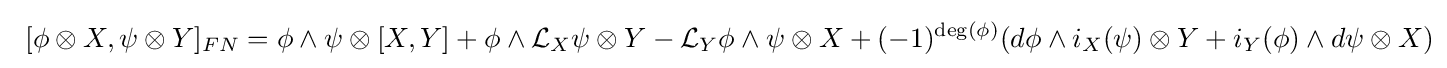
\left.\right.[\phi \otimes X,\psi \otimes Y]_{FN}=\phi \wedge \psi \otimes [X,Y]+\phi \wedge {\mathcal {L}}_{X}\psi \otimes Y-{\mathcal {L}}_{Y}\phi \wedge \psi \otimes X+(-1)^{\deg(\phi )}(d\phi \wedge i_{X}(\psi )\otimes Y+i_{Y}(\phi )\wedge d\psi \otimes X)